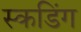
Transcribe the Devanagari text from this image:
स्कडिंग